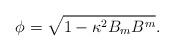
LaTeX: \begin{align*} \phi = \sqrt{1-\kappa^2 B_m B^m}.\end{align*}